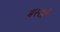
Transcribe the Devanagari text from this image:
बस्तों